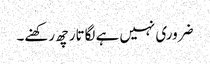
ضروری نہیں ہے لگاتار چھ رکھنے۔